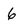
Character: 6